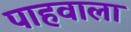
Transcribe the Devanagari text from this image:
पाहवाला